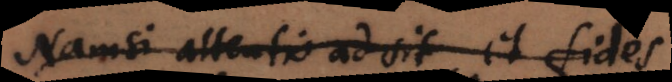
Namsi attentio adsit, et fides